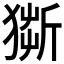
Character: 𤠥